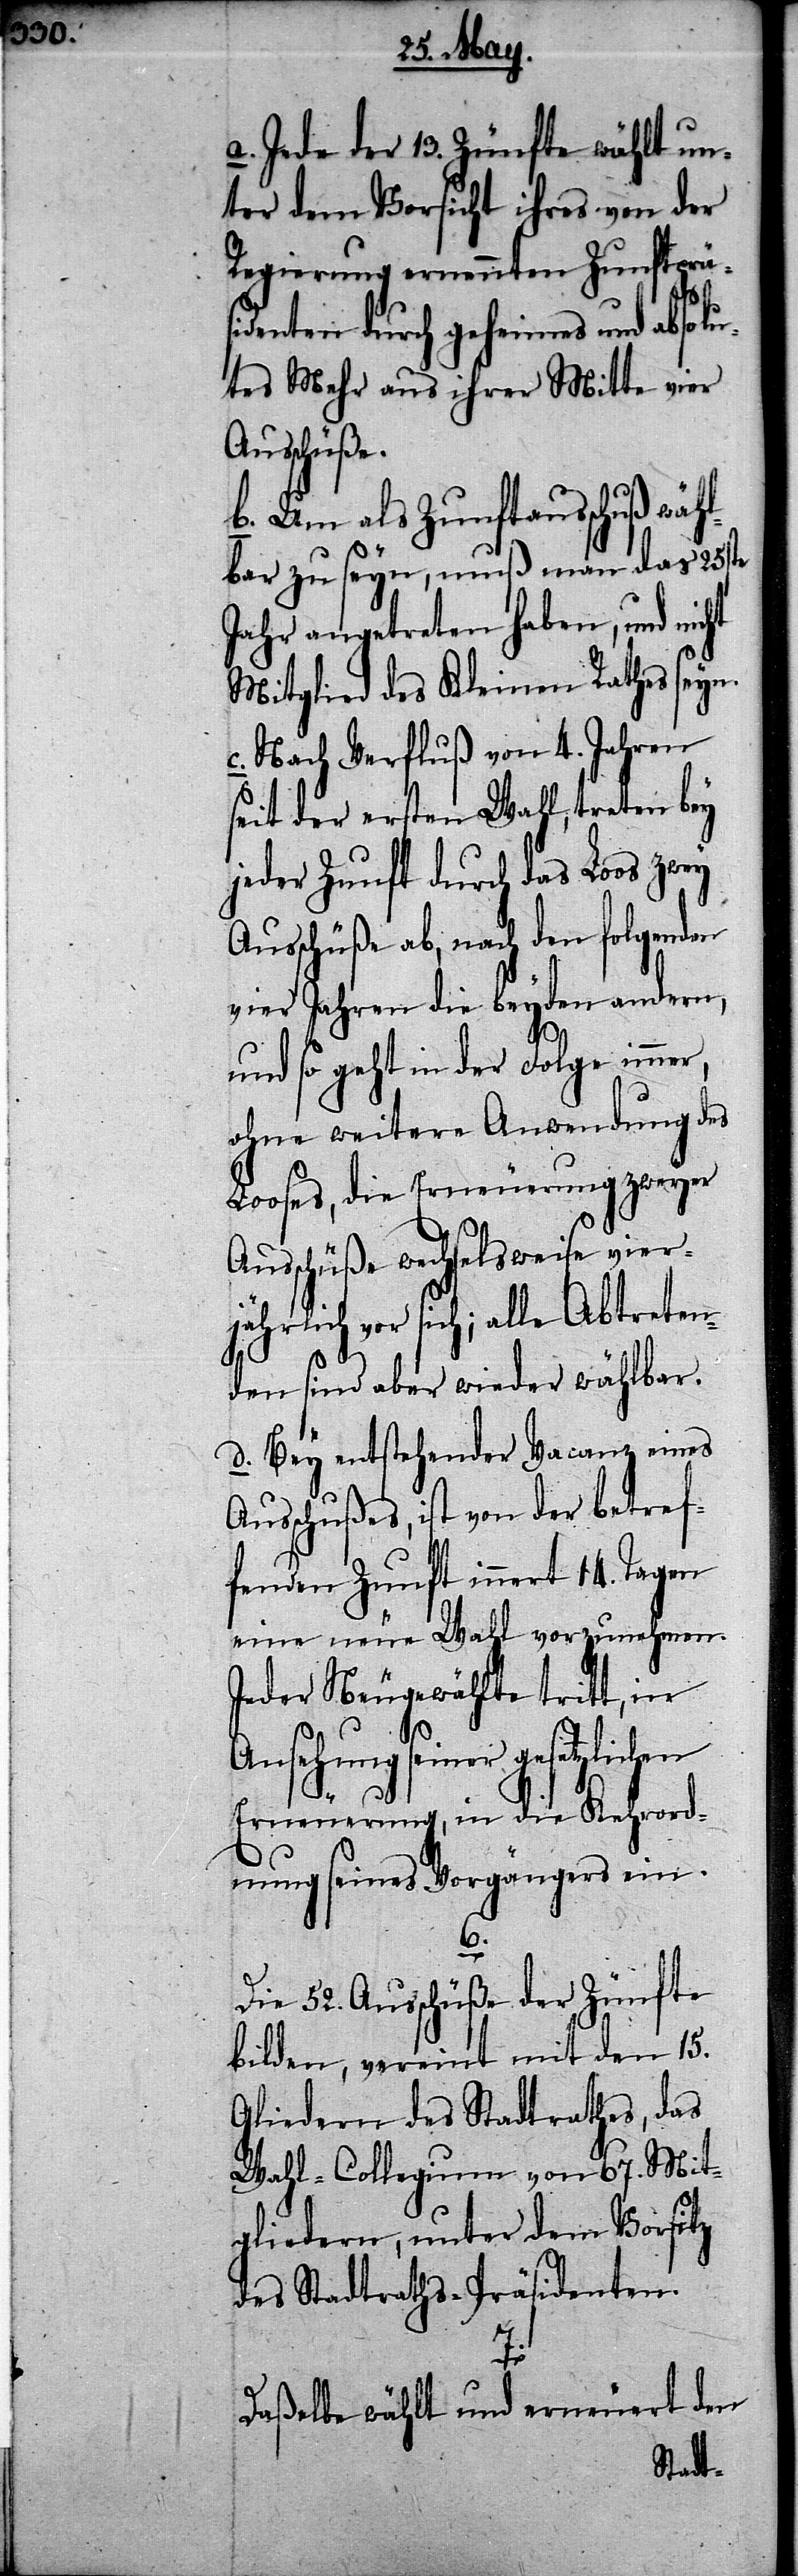
a. Jede der 13. Zünfte wählt un¬
ter dem Vorsitz ihres von der
Regierung ernennten Zunftpräs¬
identen durch geheimes und absolu¬
tes Mehr aus ihrer Mitte vier
Ausschüße.
b. Um als Zunftausschuß wähl¬
bar zu seyn, muß man das 25ste
Jahr angetreten haben, und nicht
Mitglied des Kleinen Rathes seyn.
c. Nach Verfluß von 4. Jahren
seit der ersten Wahl, treten bey
jeder Zunft durch das Loos zwey
Ausschüße ab, nach den folgenden
vier Jahren die beyden andern,
und so geht in der Folge immer,
ohne weitere Anwendung des
Looses, die Erneuerung zweyer
Ausschüße wechselweise vier¬
jährlich vor sich; alle Abtreten¬
den sind aber wieder wählbar.
d. Bey entstehender Vacanz eines
Ausschußes, ist von der betref¬
fenden Zunft innert 14. Tagen
eine neue Wahl vorzunehmen.
Jeder Neugewählte tritt, in
Ansehung seiner gesetzlichen
Erneuerung, in die Kehrord¬
nung seines Vorgängers ein.
Die 52. Ausschüße der Zünfte
bilden, vereint mit den 15.
Gliedern des Stadtrathes, das
Wahl-Collegium von 67. Mit¬
gliedern, unter dem Vorsitz
des Stadtraths-Präsidenten.
7.
Daßelbe wählt und erneuert den